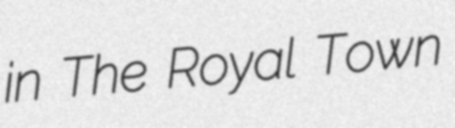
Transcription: in The Royal Town